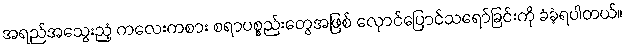
အရည်အသွေးညံ့ ကလေးကစား စရာပစ္စည်းတွေအဖြစ် လှောင်ပြောင်သရော်ခြင်းကို ခံခဲ့ရပါတယ်။